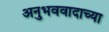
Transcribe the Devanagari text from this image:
अनुभववादाच्या